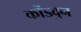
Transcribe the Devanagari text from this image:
कोंडवुन